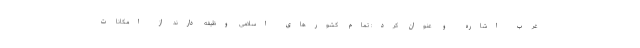
غرب اشاره و عنوان کرد: تمام کشورهای اسلامی وظیفه دارند از امکانات